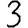
Digit: 3